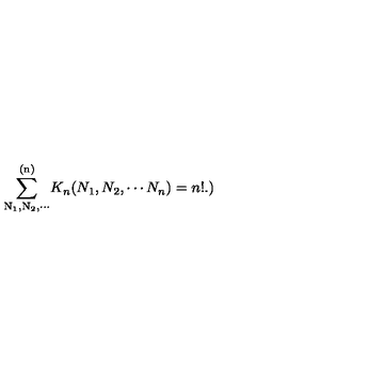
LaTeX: \mathrm { \sum _ { N _ 1 , N _ 2 , \cdots } ^ { ( n ) } } K _ { n } ( N _ { 1 } , N _ { 2 } , \cdots N _ { n } ) = n ! . \mathrm { ) }